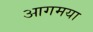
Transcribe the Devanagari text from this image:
आगमया